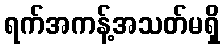
ရက်အကန့်အသတ်မရှိ